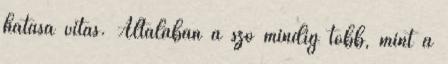
hatása vitás. Általában a szó mindig több, mint a